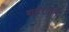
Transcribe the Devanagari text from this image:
शहरांतले